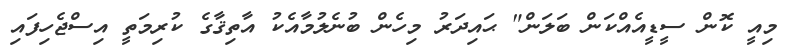
މިއީ ކޮން ސީޑީއެއްކަން ބަލަން" ޙައިދަރު މިހެން ބުނެލުމާއެކު އާތިޤާގެ ކުރިމަތީ އިސްޖެހިފައި